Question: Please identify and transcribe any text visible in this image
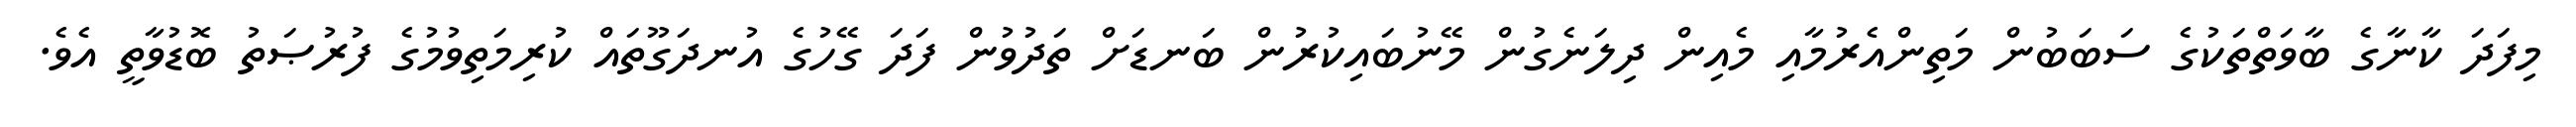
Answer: މިފަދަ ކާނާގެ ބާވަތްތަކުގެ ސަބަބުން މަތިންއެރުމާއި މެއިން ދިލަނެގުން މޭނުބައިކުރުން ބަނޑަށް ތަދުވުން ފަދަ ގޭހުގެ އުނދަގޫތައް ކުރިމަތިވުމުގެ ފުރުޞަތު ބޮޑުވާތީ އެވެ.